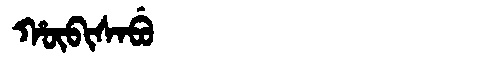
Manchu: ᡥᡡᠪᡳᠰᠠᠪᡠ
Romanization: HŪBISABU